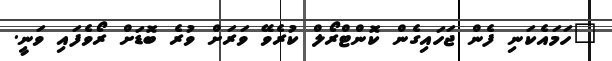
"ހަމައެކަނި ފެން ޖަހައިގެން ކޮންޓްރޯލް ކުރެވޭ ވަރަށް ވުރެ ބޮޑަށް ރޯވެފައި ވަނީ.